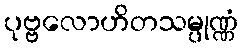
ပုဗ္ဗလောဟိတသမ္ပုဏ္ဏံ